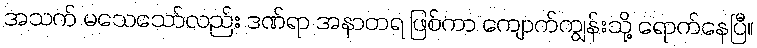
အသက် မသေသော်လည်း ဒဏ်ရာ အနာတရ ဖြစ်ကာ ကျောက်ကျွန်းသို့ ရောက်နေပြီ။